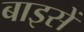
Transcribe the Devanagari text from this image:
बाइसें